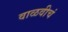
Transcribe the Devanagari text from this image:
वाळवीचं